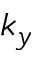
k _ { y }